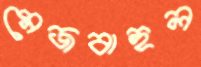
মেজবাহুল